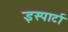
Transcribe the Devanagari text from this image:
इस्पार्टा